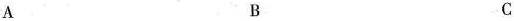
A B C